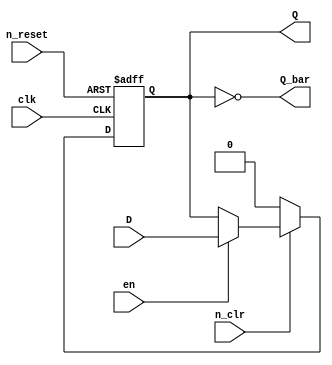
`timescale 1ns / 1ps
//////////////////////////////////////////////////////////////////////////////////
// Company: 
// 
// Design Name: 
// Module Name: d_flip_flop
// Project Name: 
// Target Devices: 
// Tool Versions: 
// Description: 
// 
// Dependencies: 
// 
// Revision:
// Revision 0.01 - File Created
// Additional Comments:
// 
//////////////////////////////////////////////////////////////////////////////////


module d_ff(
        input wire clk, D, n_clr, n_reset, en,
        output reg Q, Q_bar
        
    );
    
    reg R_current, R_next;
    
    // D FF
    always @ (posedge clk or negedge n_reset) begin
        if(~n_reset)
            R_current <= 1'b0;
        else 
            R_current <= R_next;
     end

     // next state logic (muxs)
     always @ * begin
        if(~n_clr)
            R_next = 1'b0;
        else if(en)
            R_next = D;
        else
            R_next = R_current;
     end
    
    // output logic
     always @ * begin
        Q <= R_current;
        Q_bar <= ~Q;
     end

    endmodule